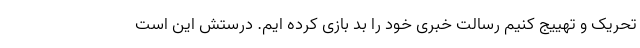
تحریک و تهییج کنیم رسالت خبری خود را بد بازی کرده ایم. درستش این است